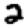
Digit: 2